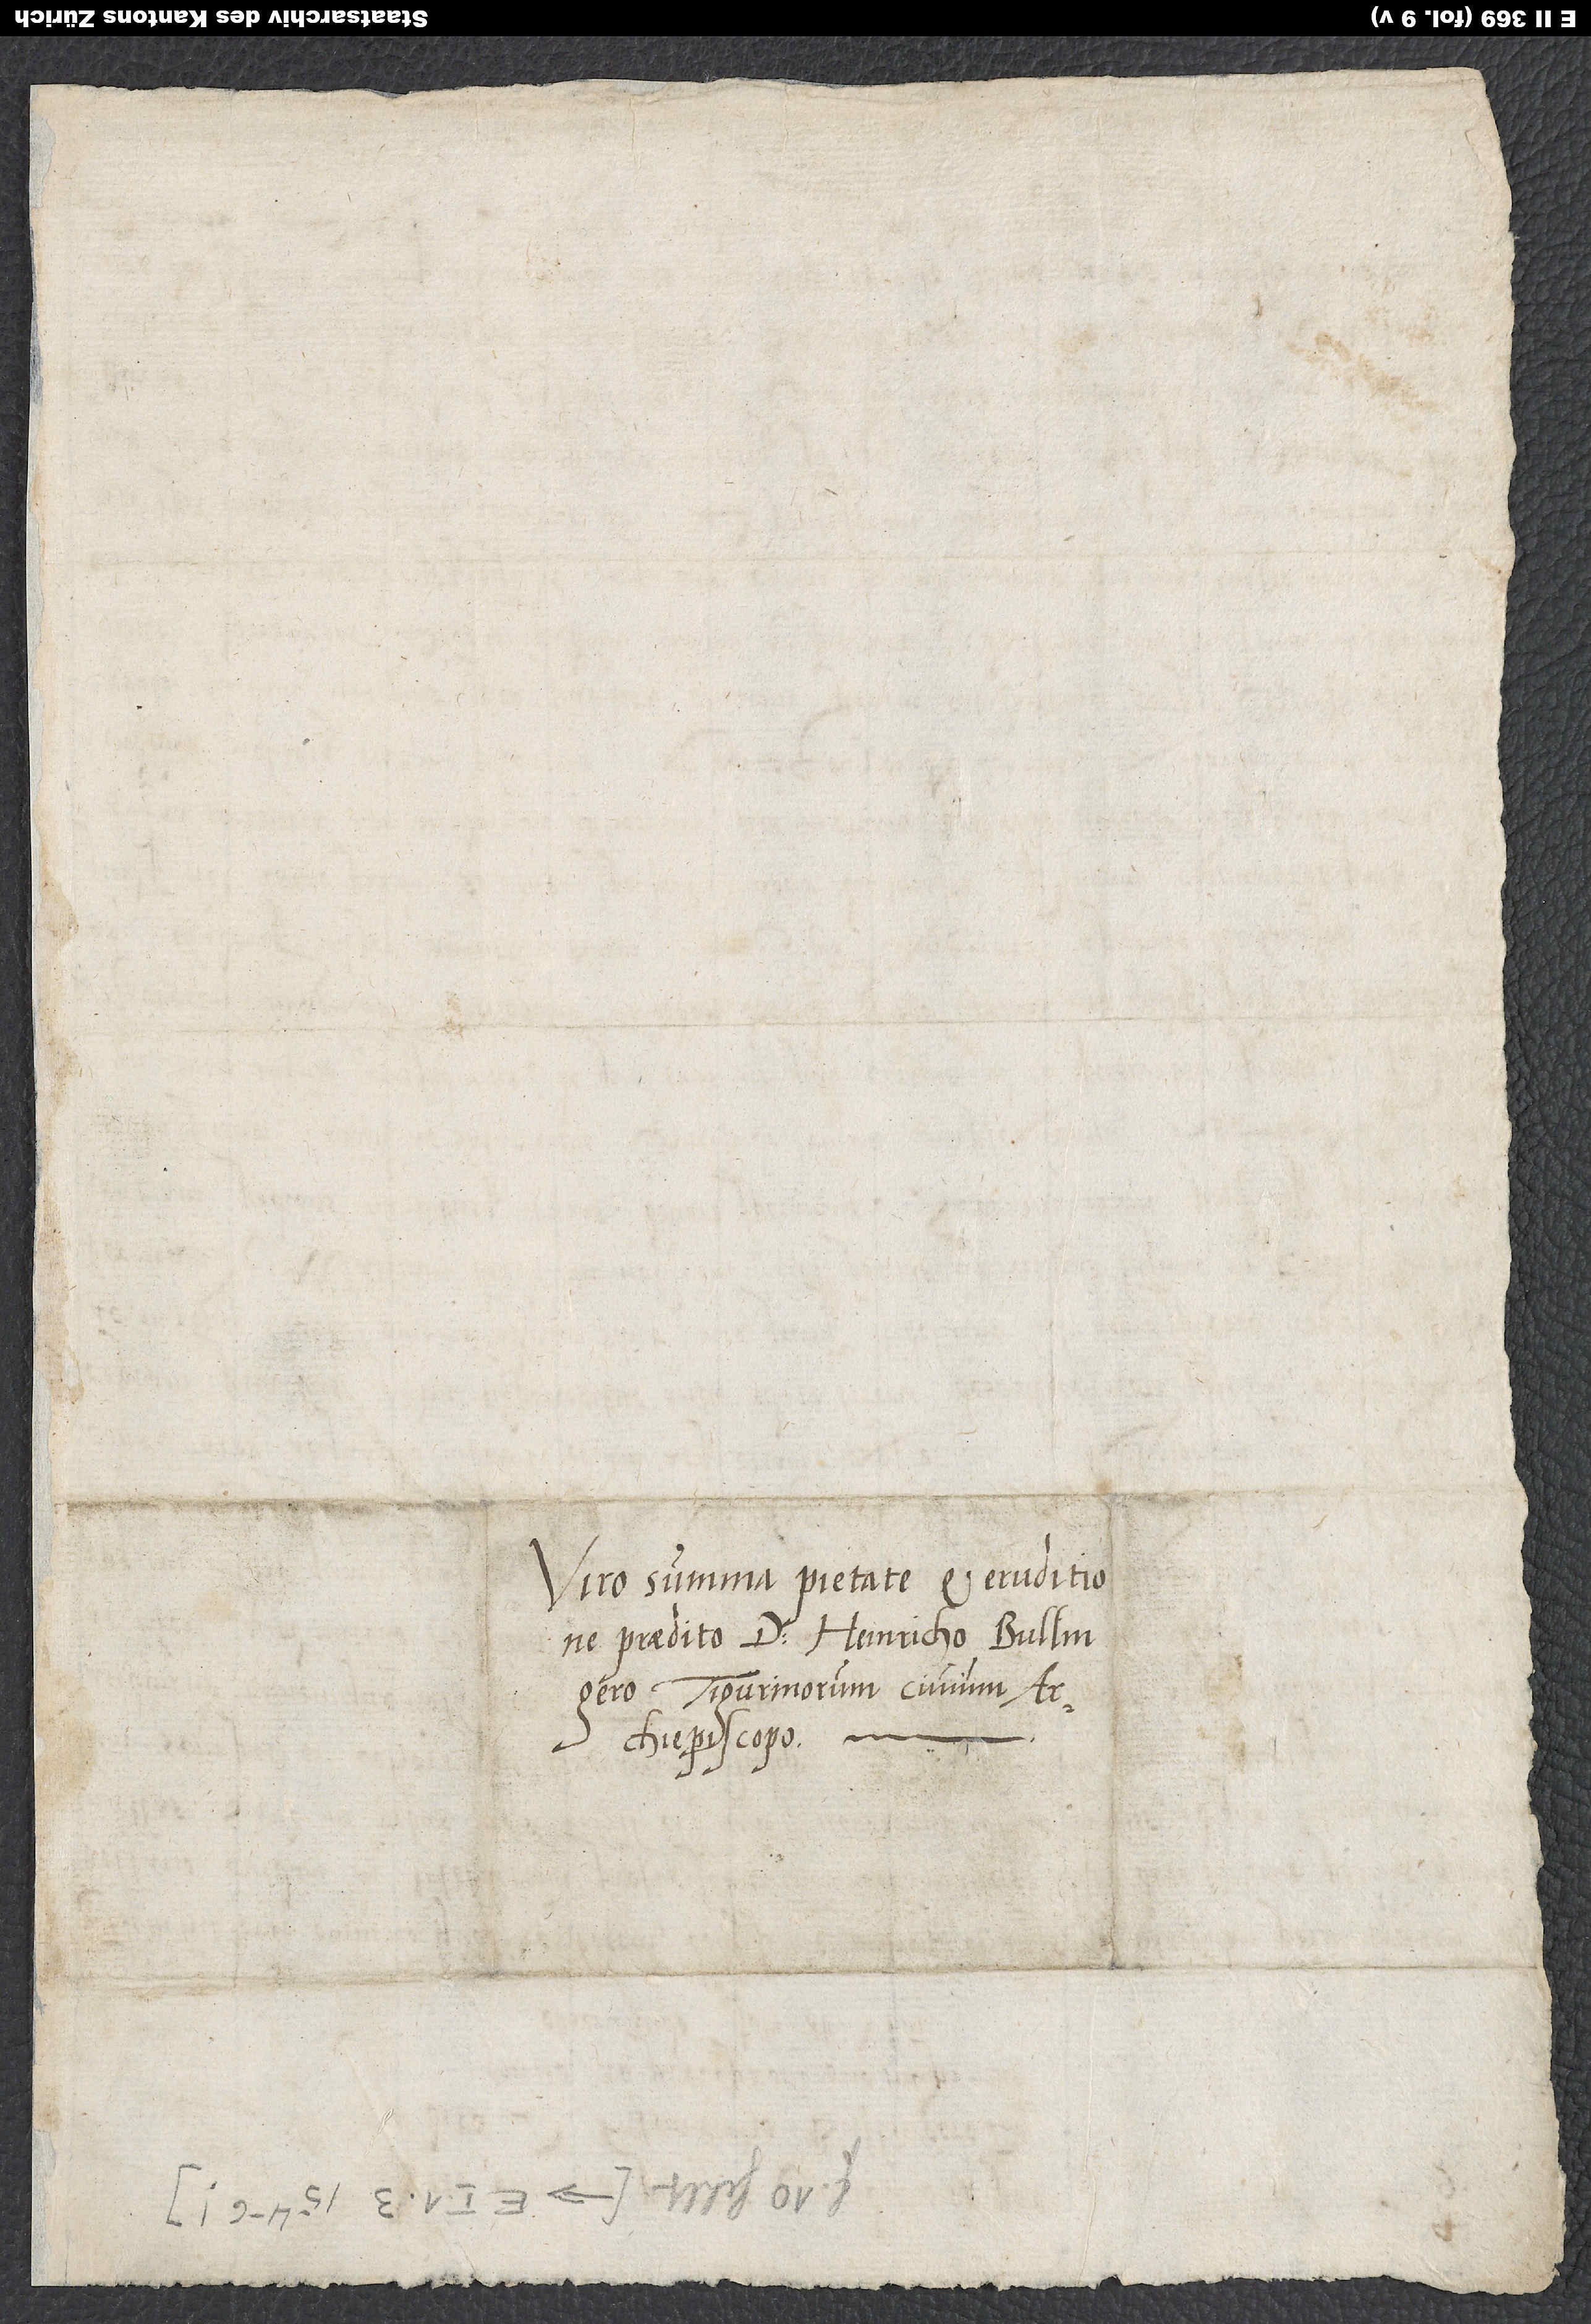
Tigurinorum civium